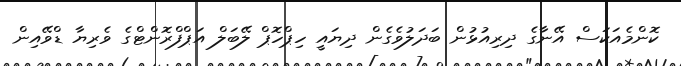
ކޮންމެއަކަސް އޭނާގެ ދިރިއުޅުން ބަދަލުވެގެން ދިޔައީ ހިޕްހޮޕް ލޭބަލް އަޕްފްރޮންޓްގެ ވެރިޔާ ޑްވޭއިން